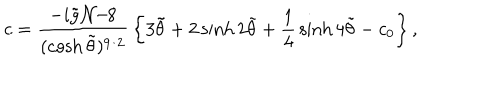
c = { \frac { - i \tilde { g } { \cal N } / 8 } { ( \cosh \tilde { \theta } ) ^ { 9 / 2 } } } \left\{ 3 \tilde { \theta } + 2 \sinh 2 \tilde { \theta } + { \frac { 1 } { 4 } } \sinh 4 \tilde { \theta } - c _ { 0 } \right\} ,